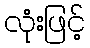
လုံးဖြင့်